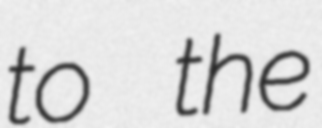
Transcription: to the